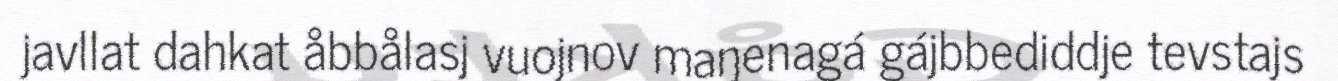
javllat dahkat åbbålasj vuojnov maŋenagá gájbbediddje tevstajs